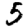
Digit: 5